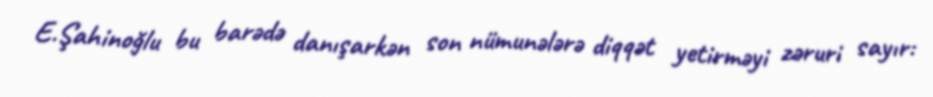
E.Şahinoğlu bu barədə danışarkən son nümunələrə diqqət yetirməyi zəruri sayır: